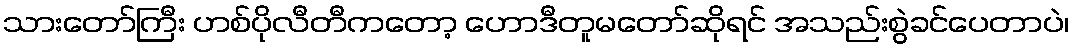
သားတော်ကြီး ဟစ်ပိုလီတီကတော့ ဟောဒီတူမတော်ဆိုရင် အသည်းစွဲခင်ပေတာပဲ၊